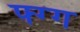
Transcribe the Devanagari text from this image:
फ्ग्ग